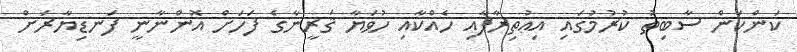
ކަންކަން ސާބިތު ކުރުމުގައި އިޢުތިރާފާއި ހެއްކާއި ހުވަޔާ ޤަރީނާގެ ފަހަށް އޮންނާނީ ފަނޑިޔާރަށް